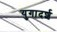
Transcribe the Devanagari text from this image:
युगादर्श